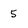
Character: 5